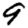
Digit: 9